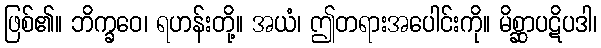
ဖြစ်၏။ ဘိက္ခဝေ၊ ရဟန်းတို့။ အယံ၊ ဤတရားအပေါင်းကို။ မိစ္ဆာပဋိပဒါ၊